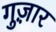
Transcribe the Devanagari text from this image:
गुज़़ार